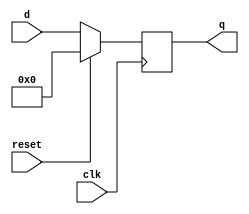
module top_module (
    input clk,
    input reset,            // Synchronous reset
    input [7:0] d,
    output [7:0] q
    );

    always@(posedge clk)begin
	if(reset)
            q <= 8'h00;
        else
	    q <= d;
    end

endmodule